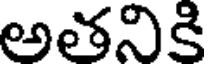
అతనికి